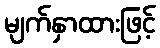
မျက်နှာထားဖြင့်